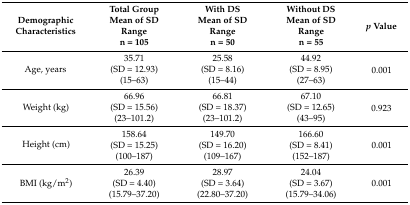
<table><thead><tr><td><b>DemographicCharacteristics</b></td><td><b>Total GroupMean of SDRangen = 105</b></td><td><b>With DSMean of SDRangen = 50</b></td><td><b>Without DSMean of SDRangen = 55</b></td><td><b><i>p</i> Value</b></td></tr></thead><tbody><tr><td rowspan="3">Age, years</td><td>35.71</td><td>25.58</td><td>44.92</td><td rowspan="3">0.001</td></tr><tr><td>(SD = 12.93)</td><td>(SD = 8.16)</td><td>(SD = 8.95)</td></tr><tr><td>(15–63)</td><td>(15–44)</td><td>(27–63)</td></tr><tr><td rowspan="3">Weight (kg)</td><td>66.96</td><td>66.81</td><td>67.10</td><td rowspan="3">0.923</td></tr><tr><td>(SD = 15.56)</td><td>(SD = 18.37)</td><td>(SD = 12.65)</td></tr><tr><td>(23–101.2)</td><td>(23–101.2)</td><td>(43–95)</td></tr><tr><td rowspan="3">Height (cm)</td><td>158.64</td><td>149.70</td><td>166.60</td><td rowspan="3">0.001</td></tr><tr><td>(SD = 15.25)</td><td>(SD = 16.20)</td><td>(SD = 8.41)</td></tr><tr><td>(100–187)</td><td>(109–167)</td><td>(152–187)</td></tr><tr><td rowspan="3">BMI (kg/m<sup>2</sup>)</td><td>26.39</td><td>28.97</td><td>24.04</td><td rowspan="3">0.001</td></tr><tr><td>(SD = 4.40)</td><td>(SD = 3.64)</td><td>(SD = 3.67)</td></tr><tr><td>(15.79–37.20)</td><td>(22.80–37.20)</td><td>(15.79–34.06)</td></tr></tbody></table>